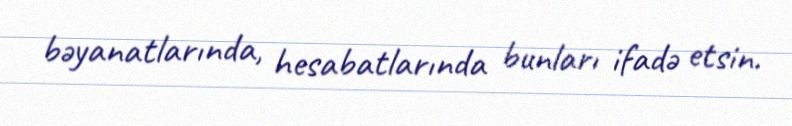
bəyanatlarında, hesabatlarında bunları ifadə etsin.